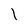
Character: l